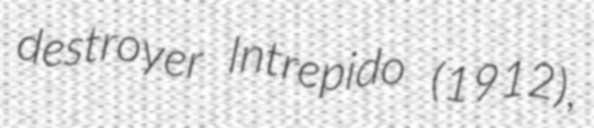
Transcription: destroyer Intrepido (1912),